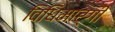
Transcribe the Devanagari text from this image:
विधिमार्गी